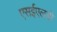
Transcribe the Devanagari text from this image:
एसईएलडी